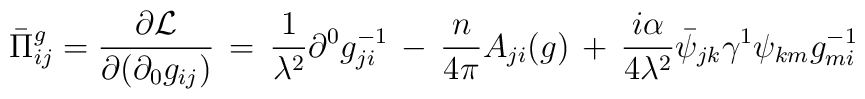
\bar{\Pi}^{g}_{ij}=\frac{\partial {\cal L}}{\partial (\partial_{0}g_{ij})}\,=\,\frac{1}{\lambda^2}\partial^{0}g^{-1}_{ji}\,-\,\frac{n}{4\pi}A_{ji}(g)\,+\,\frac{i\alpha}{4\lambda^2}\bar{\psi}_{jk}\gamma^1\psi_{km}g^{-1}_{mi}